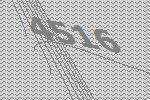
4516